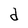
Character: d